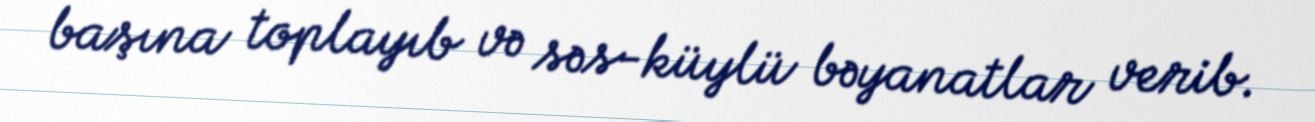
başına toplayıb və səs-küylü bəyanatlar verib.